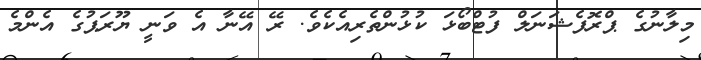
މިލާނުގެ ޕްރޮފެޝަނަލް ފުޓްބޯޅަ ކުޅުންތެރިއެކެވެ. ރޭ އޭނާ އެ ވަނީ ޔޫރަޕުގެ އެންމެ